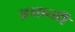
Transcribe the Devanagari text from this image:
इळगी